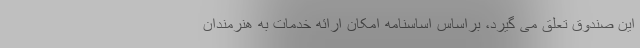
این صندوق تعلق می گیرد، براساس اساسنامه امکان ارائه خدمات به هنرمندان